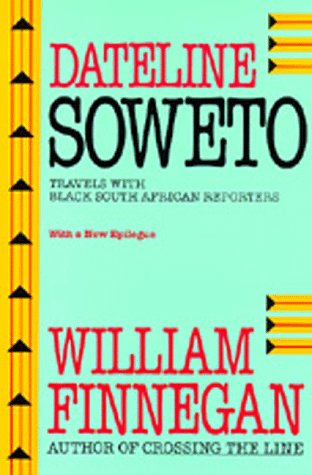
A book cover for Dateline Soweto: Travels with Black South African Reporters; William Finnegan; Travel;